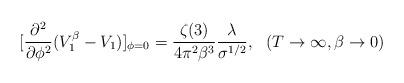
LaTeX: \begin{align*}[\frac{\partial^2}{\partial \phi^2} (V^{\beta}_1-V_1)]_{\phi=0}=\frac{\zeta(3)}{4\pi^2\beta^3}\frac{\lambda}{\sigma^{1/2}},~~(T\to\infty,\beta\to 0)\end{align*}